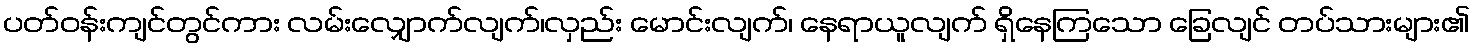
ပတ်ဝန်းကျင်တွင်ကား လမ်းလျှောက်လျက်၊လှည်း မောင်းလျက်၊ နေရာယူလျက် ရှိနေကြသော ခြေလျင် တပ်သားများ၏